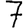
Digit: 7